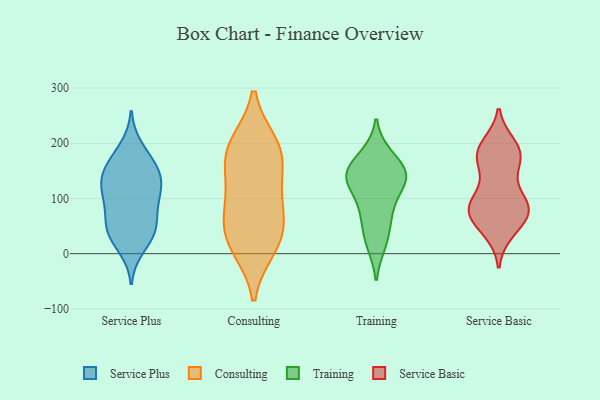
{"axis": {"x": "Website Visitors", "y": "Value"}, "legend": ["Consulting", "Service Basic", "Service Plus", "Training"], "data": [{"x": "", "y": 108, "type": "Service Plus"}, {"x": "", "y": 117, "type": "Service Plus"}, {"x": "", "y": 10, "type": "Service Plus"}, {"x": "", "y": 141, "type": "Service Plus"}, {"x": "", "y": 150, "type": "Service Plus"}, {"x": "", "y": 157, "type": "Service Plus"}, {"x": "", "y": 76, "type": "Service Plus"}, {"x": "", "y": 51, "type": "Service Plus"}, {"x": "", "y": 49, "type": "Service Plus"}, {"x": "", "y": 176, "type": "Service Plus"}, {"x": "", "y": 32, "type": "Service Plus"}, {"x": "", "y": 146, "type": "Service Plus"}, {"x": "", "y": 31, "type": "Service Plus"}, {"x": "", "y": 49, "type": "Service Plus"}, {"x": "", "y": 103, "type": "Service Plus"}, {"x": "", "y": 193, "type": "Service Plus"}, {"x": "", "y": 130, "type": "Service Plus"}, {"x": "", "y": 96, "type": "Service Plus"}, {"x": "", "y": 109, "type": "Consulting"}, {"x": "", "y": 12, "type": "Consulting"}, {"x": "", "y": 188, "type": "Consulting"}, {"x": "", "y": 160, "type": "Consulting"}, {"x": "", "y": 95, "type": "Consulting"}, {"x": "", "y": 186, "type": "Consulting"}, {"x": "", "y": 61, "type": "Consulting"}, {"x": "", "y": 35, "type": "Consulting"}, {"x": "", "y": 24, "type": "Consulting"}, {"x": "", "y": 197, "type": "Consulting"}, {"x": "", "y": 139, "type": "Training"}, {"x": "", "y": 96, "type": "Training"}, {"x": "", "y": 135, "type": "Training"}, {"x": "", "y": 178, "type": "Training"}, {"x": "", "y": 21, "type": "Training"}, {"x": "", "y": 17, "type": "Training"}, {"x": "", "y": 59, "type": "Training"}, {"x": "", "y": 179, "type": "Training"}, {"x": "", "y": 134, "type": "Training"}, {"x": "", "y": 140, "type": "Training"}, {"x": "", "y": 149, "type": "Training"}, {"x": "", "y": 144, "type": "Training"}, {"x": "", "y": 61, "type": "Training"}, {"x": "", "y": 141, "type": "Training"}, {"x": "", "y": 91, "type": "Training"}, {"x": "", "y": 192, "type": "Service Basic"}, {"x": "", "y": 198, "type": "Service Basic"}, {"x": "", "y": 103, "type": "Service Basic"}, {"x": "", "y": 152, "type": "Service Basic"}, {"x": "", "y": 40, "type": "Service Basic"}, {"x": "", "y": 84, "type": "Service Basic"}, {"x": "", "y": 185, "type": "Service Basic"}, {"x": "", "y": 83, "type": "Service Basic"}, {"x": "", "y": 110, "type": "Service Basic"}, {"x": "", "y": 160, "type": "Service Basic"}, {"x": "", "y": 171, "type": "Service Basic"}, {"x": "", "y": 85, "type": "Service Basic"}, {"x": "", "y": 67, "type": "Service Basic"}, {"x": "", "y": 78, "type": "Service Basic"}, {"x": "", "y": 178, "type": "Service Basic"}, {"x": "", "y": 39, "type": "Service Basic"}, {"x": "", "y": 65, "type": "Service Basic"}, {"x": "", "y": 190, "type": "Service Basic"}, {"x": "", "y": 86, "type": "Service Basic"}, {"x": "", "y": 71, "type": "Service Basic"}]}